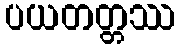
ပယတတ္တဿ